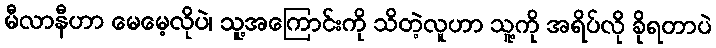
မီလာနီဟာ မေမေ့လိုပဲ၊ သူ့အကြောင်းကို သိတဲ့လူဟာ သူ့ကို အရိပ်လို ခိုရတာပဲ